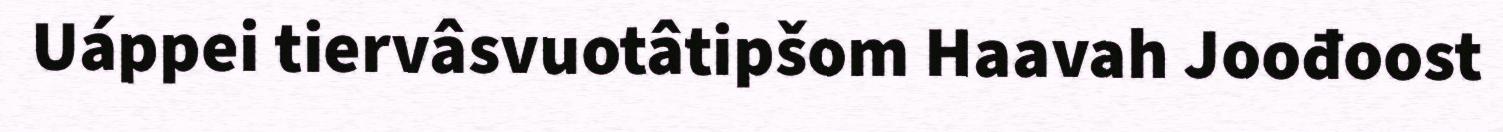
Uáppei tiervâsvuotâtipšom Haavah Joođoost